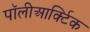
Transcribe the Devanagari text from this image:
पॉलीआर्क्टिक